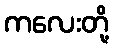
ကလေးတို့